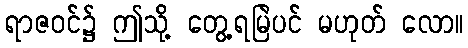
ရာဇဝင်၌ ဤသို့ တွေ့ရမြဲပင် မဟုတ် လော။